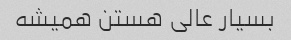
بسیار عالی هستن همیشه